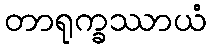
တာရုက္ခဿာယံ